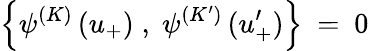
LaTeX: \left\{ \psi^{(K)}\, (u_{+})\; ,\; \psi^{(K^{\prime})}\, (u_{+}^{\prime})\right\} \ =\ 0